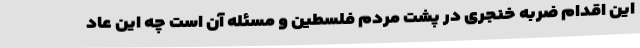
این اقدام ضربه خنجری در پشت مردم فلسطین و مسئله آن است چه این عاد